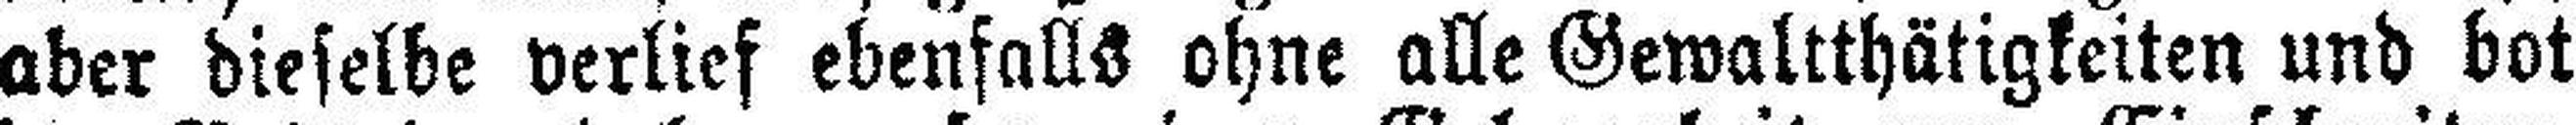
aber dieselbe verlief ebenfalls ohne alle Gewaltthätigkeiten und bot